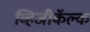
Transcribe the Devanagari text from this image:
व्हिजीकॅल्क